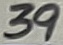
Text: 39